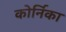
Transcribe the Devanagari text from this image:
कोर्निका